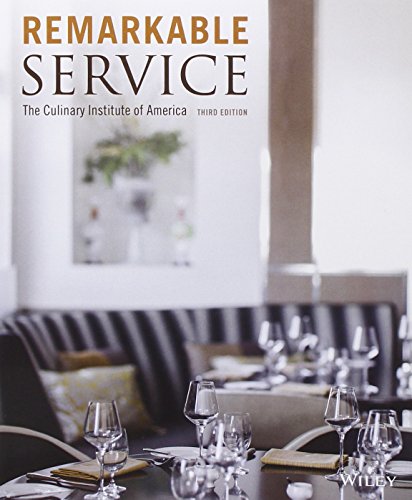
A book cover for Remarkable Service; The Culinary Institute of America (CIA); Cookbooks, Food & Wine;